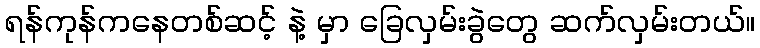
ရန်ကုန်ကနေတစ်ဆင့် နဲ့ မှာ ခြေလှမ်းခွဲတွေ ဆက်လှမ်းတယ်။